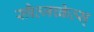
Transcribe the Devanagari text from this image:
स्त्रैत्जच्केत्स्